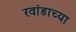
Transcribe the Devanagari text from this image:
रवांडाच्या